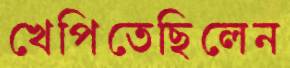
খেপিতেছিলেন